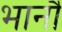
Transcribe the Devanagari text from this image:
भानौ